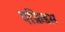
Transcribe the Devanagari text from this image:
एफ्रिडस